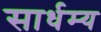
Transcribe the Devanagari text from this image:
सार्धम्य